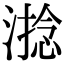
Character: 𣻧